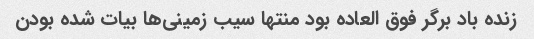
زنده باد برگر فوق العاده بود منتها سیب زمینی‌ها بیات شده بودن